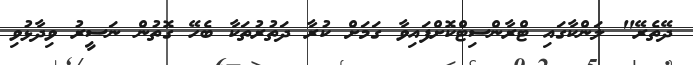
ދޭތެރޭ" ލަންކާގައި ޓްރާންސިޓްކޮށްފައިވާ ގަމަށް ކުރާ ދަތުރުތަކާ ބެހޭ ގޮތުން ނަސީރު ވިދާޅުވި